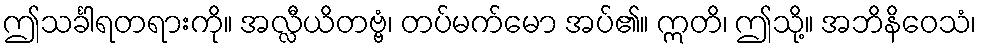
ဤသင်္ခါရတရားကို။ အလ္လီယိတဗ္ဗံ၊ တပ်မက်မော အပ်၏။ ဣတိ၊ ဤသို့။ အဘိနိဝေသံ၊